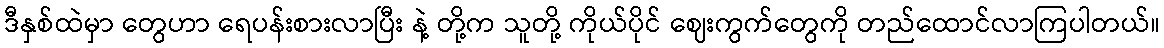
ဒီနှစ်ထဲမှာ တွေဟာ ရေပန်းစားလာပြီး နဲ့ တို့က သူတို့ ကိုယ်ပိုင် ဈေးကွက်တွေကို တည်ထောင်လာကြပါတယ်။